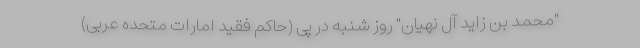
"محمد بن زاید آل نهیان" روز شنبه در پی (حاکم فقید امارات متحده عربی)